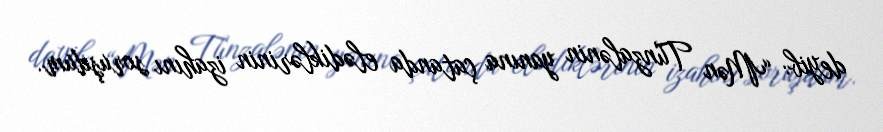
deyib: “Mən Tünzalənin yanına çatanda elədiklərinin izahını soruşdum.